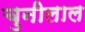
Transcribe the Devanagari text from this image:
चुनीलाल